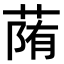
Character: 𦳉